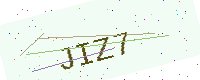
Text: JIZ7